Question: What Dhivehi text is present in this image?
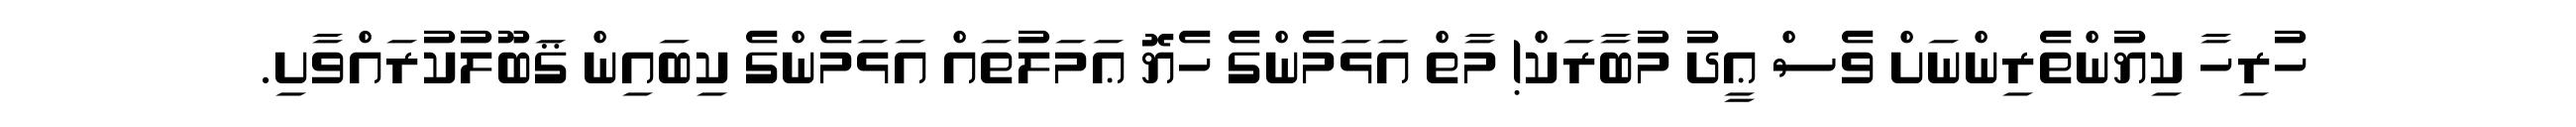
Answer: ހުރިހާ ކިޔުންތެރިންނަށް ވެސް ޢީދު މުބާރަކް! މާތް އަޅަމެންގެ ހެޔޮ ޢަމަލުތައް އަޅަމެންގެ ކިބައިން ޤަބޫލުކުރައްވާށި.